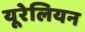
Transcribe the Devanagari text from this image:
यूरेलियन